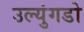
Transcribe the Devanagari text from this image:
उल्युंगडो